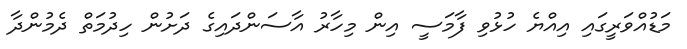
މަޑުއްވަރީގައި އިއްޔެ ހުޅުވި ފާމަސީ އިން މިހާރު އާސަންދައިގެ ދަށުން ހިދުމަތް ދެމުންދާ